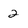
Character: 2